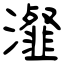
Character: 瀣